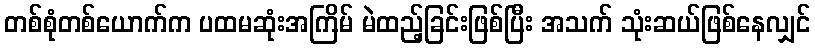
တစ်စုံတစ်ယောက်က ပထမဆုံးအကြိမ် မဲထည့်ခြင်းဖြစ်ပြီး အသက် သုံးဆယ်ဖြစ်နေလျှင်